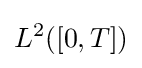
L^{2}([0,T])